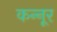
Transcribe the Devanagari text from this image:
कन्‍नूर